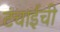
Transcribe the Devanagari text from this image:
टंचाईची